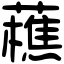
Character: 藮